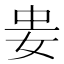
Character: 𭑲